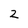
Character: 2